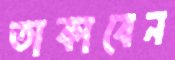
তাকাবেন